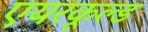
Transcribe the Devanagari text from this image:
एयरकूल्ड